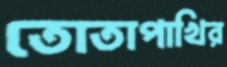
তোতাপাখির